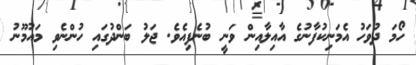
ހޯމަ ދުވަހު އެމަނިކުފާނުގެ އާއިލާއިން ވަނީ ބުނެފިއެވެ. ޖަލު ބަންދުގައި ހުންނެވި މައުމޫނު